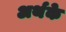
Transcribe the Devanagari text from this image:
अर्थके